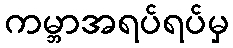
ကမ္ဘာအရပ်ရပ်မှ